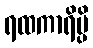
ရထကာရိမ္ပိ